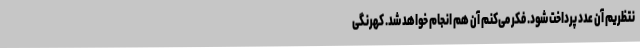
نتظریم آن عدد پرداخت شود. فکر می‌کنم آن هم انجام خواهد شد. کهرنگی